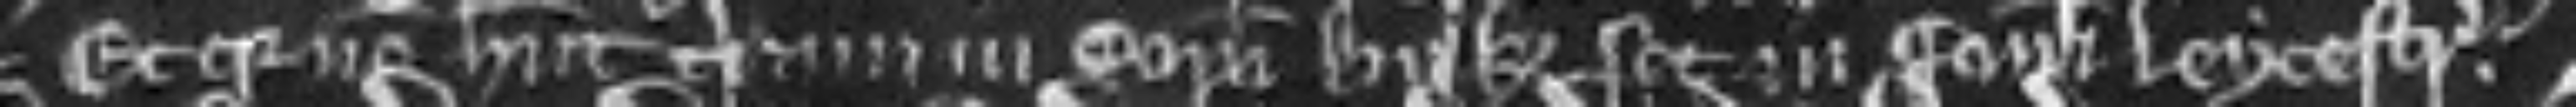
Et quia non habent terram in comitatu Buk set in comitatu Leycestr.